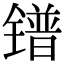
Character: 镨